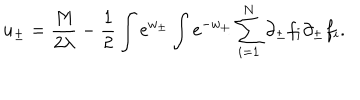
u _ { \pm } = { \frac { M } { 2 \lambda } } - { \frac { 1 } { 2 } } \int \mathrm { e } ^ { w _ { \pm } } \int \mathrm { e } ^ { - w _ { \pm } } \sum _ { i = 1 } ^ { N } \partial _ { \pm } f _ { i } \partial _ { \pm } f _ { i } .